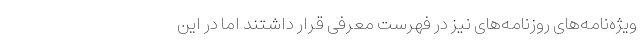
ویژه‌نامه‌های روزنامه‌های نیز در فهرست معرفی قرار داشتند اما در این